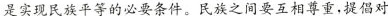
是实现民族平等的必要条件。民族之间要互相尊重，提倡对